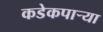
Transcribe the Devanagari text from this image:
कडेकपाऱ्या